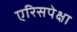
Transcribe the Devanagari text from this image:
एरिसपेक्षा